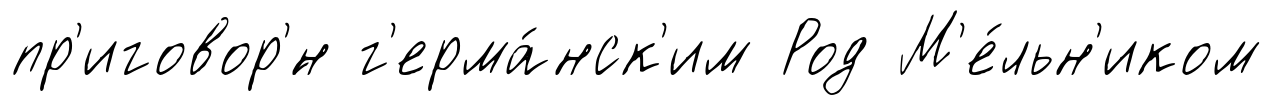
пр'иговор'́н г'ерма́нск'им Род М'е́льн'иком